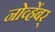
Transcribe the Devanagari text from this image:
नोव्हेंबर्